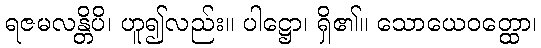
ရဇမလန္တိပိ၊ ဟူ၍လည်း။ ပါဋ္ဌော၊ ရှိ၏။ သောယေဝတ္ထော၊